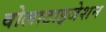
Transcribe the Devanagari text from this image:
वोलाटाइजेशन